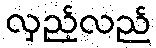
လှည့်လည်